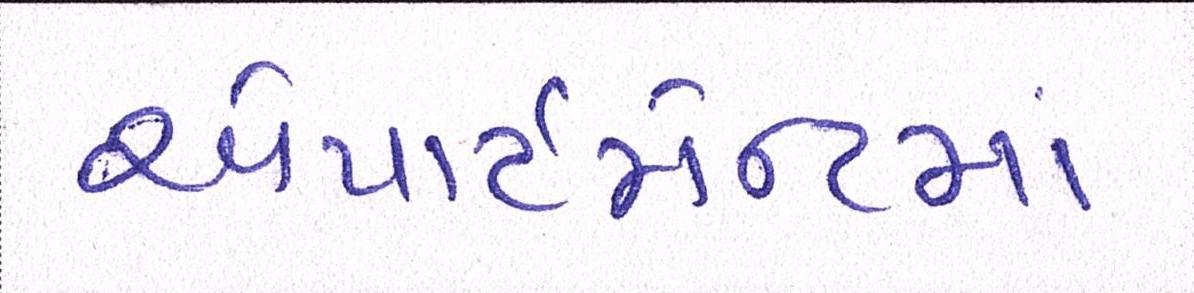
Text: એપાર્ટમેન્ટમાં